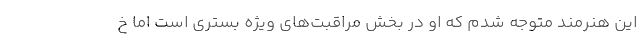
این هنرمند متوجه شدم که او در بخش مراقبت‌های ویژه بستری است اما خ